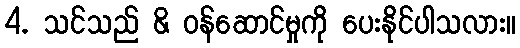
4. သင်သည် & ဝန်ဆောင်မှုကို ပေးနိုင်ပါသလား။